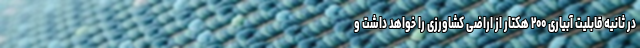
در ثانیه قابلیت آبیاری ۲۰۰ هکتار از اراضی کشاورزی را خواهد داشت و